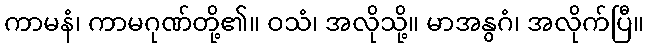
ကာမနံ၊ ကာမဂုဏ်တို့၏။ ဝသံ၊ အလိုသို့။ မာအနွဂံ၊ အလိုက်ပြီ။